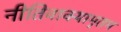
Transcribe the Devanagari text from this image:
नीतिवाक्यामृतम